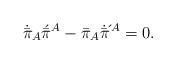
LaTeX: \begin{align*}\dot{\bar{\pi}}_A\acute{\bar{\pi}}{}^A - \bar{\pi}_A\bar{\pi}\!\!\dot{\vphantom{\bar{\pi}}}\hspace{1.6ex}\acute{\vphantom{\bar{\pi}}}\,\,\,{}^A= 0. \end{align*}